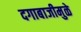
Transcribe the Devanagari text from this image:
दगाबाजीमुळे